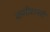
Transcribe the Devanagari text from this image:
कमीशनरी